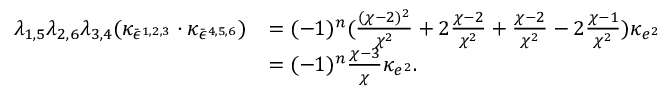
\begin{array} { r l } { \lambda _ { 1 , 5 } \lambda _ { 2 , 6 } \lambda _ { 3 , 4 } ( \kappa _ { \bar { \epsilon } ^ { 1 , 2 , 3 } } \cdot \kappa _ { \bar { \epsilon } ^ { 4 , 5 , 6 } } ) } & { = ( - 1 ) ^ { n } ( \frac { ( \chi - 2 ) ^ { 2 } } { \chi ^ { 2 } } + 2 \frac { \chi - 2 } { \chi ^ { 2 } } + \frac { \chi - 2 } { \chi ^ { 2 } } - 2 \frac { \chi - 1 } { \chi ^ { 2 } } ) \kappa _ { e ^ { 2 } } } \\ & { = ( - 1 ) ^ { n } \frac { \chi - 3 } { \chi } \kappa _ { e ^ { 2 } } . } \end{array}